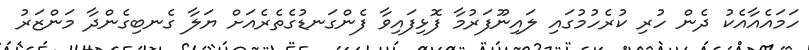
ހަމައެއާއެކު ދެން ހުރި ކުރެހުމުގައި ލައިނޫފަރުމާ ފޮޅިފައިވާ ފެންގަނޑުގެތެރެއަށް ޔަލާ ގެނބިގެންދާ މަންޒަރު